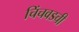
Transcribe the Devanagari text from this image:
चिंचवडची